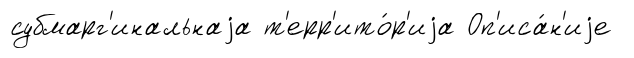
субмарг'инальнаjа т'ерр'ито́р'иjа Оп'иса́н'иjе